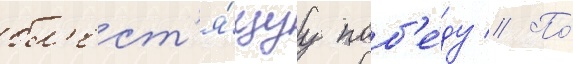
бл'ест'я́щуу поб'е́ду // По́